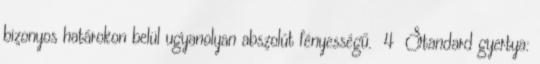
bizonyos határokon belül ugyanolyan abszolút fényességű. 4 Standard gyertya: